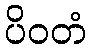
ပိဝတံ